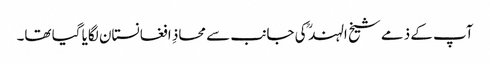
آپ کے ذمے شیخ الہند ؒ کی جانب سے محاذِ افغانستان لگایا گیا تھا۔